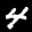
Label: 4